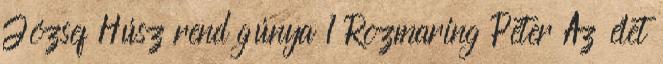
József Húsz rend gúnya 1 Rozmaring Péter Az élet